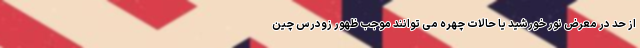
از حد در معرض نور خورشید یا حالات چهره می توانند موجب ظهور زودرس چین